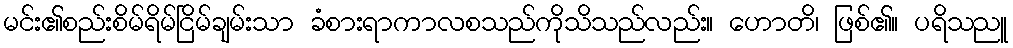
မင်း၏စည်းစိမ်ရိမ်ငြိမ်ချမ်းသာ ခံစားရာကာလစသည်ကိုသိသည်လည်း။ ဟောတိ၊ ဖြစ်၏။ ပရိသညူ